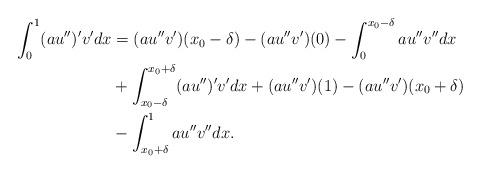
LaTeX: \begin{align*}\begin{aligned} \int_0^1 (au'')' v' dx &= (au''v')(x_0- \delta) - (au''v')(0)-\int_0^{x_0-\delta}au''v''dx\\& + \int_{x_0-\delta}^{x_0+\delta}(au'')'v' dx + (au''v')(1) - (au''v')(x_0+ \delta) \\&- \int_{x_0+\delta}^1 au''v'' dx.\end{aligned}\end{align*}